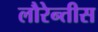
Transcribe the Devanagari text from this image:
लौरेन्तीस